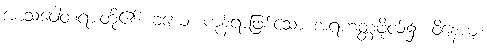
အာသဝေါတရားတို့၏။ ခယေ၊ ကုန်ရာဖြစ်သော အရဟတ္တဖိုလ်၌။ ဝိနေယျ၊